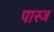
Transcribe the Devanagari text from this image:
पास्ज